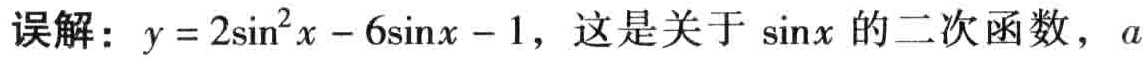
误解：$y = 2\sin^{2}x - 6\sin x - 1$，这是关于$\sin x$的二次函数，$a$